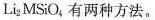
Li_{2}MSiO_{4}有两种方法。